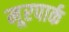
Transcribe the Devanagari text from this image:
मूरपार्क